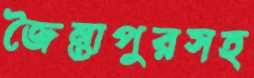
জৈন্তাপুরসহ